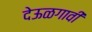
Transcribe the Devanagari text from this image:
देऊळगावी